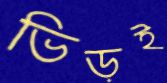
ভিড়ই